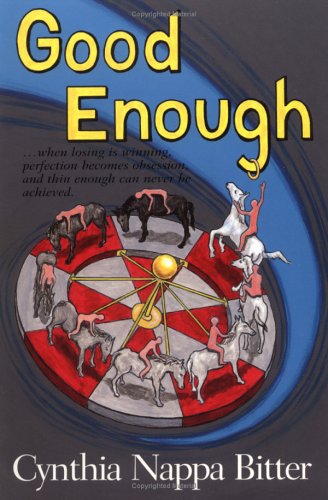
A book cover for Good Enough...When Losing is Winning, and Thin Enough Can Never be Achieved; Cynthia N. Bitter; Health, Fitness & Dieting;